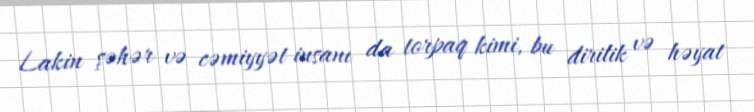
Lakin şəhər və cəmiyyət insanı da torpaq kimi, bu dirilik və həyat